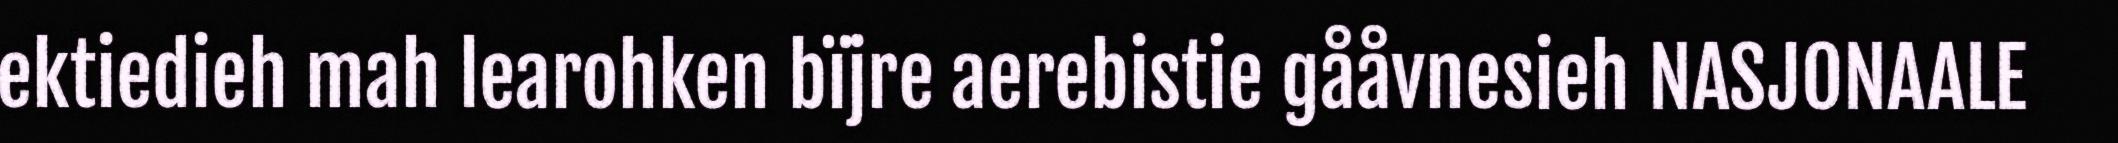
ektiedieh mah learohken bïjre aerebistie gååvnesieh NASJONAALE